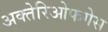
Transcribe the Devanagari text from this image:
अक्तेरिओफगेस